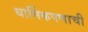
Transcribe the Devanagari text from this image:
धार्मिकपणाची